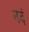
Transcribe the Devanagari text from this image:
नदं